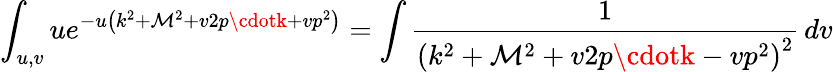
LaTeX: \int_{u,v}ue^{-u\left(k^{2}+\mathcal{M}^{2}+v2p\cdotk+vp^{2}\right)}=\int{\frac{{1}}{{\left(k^{2}+\mathcal{M}^{2}+v2p\cdotk-vp^{2}\right)^{2}}}}\, dv